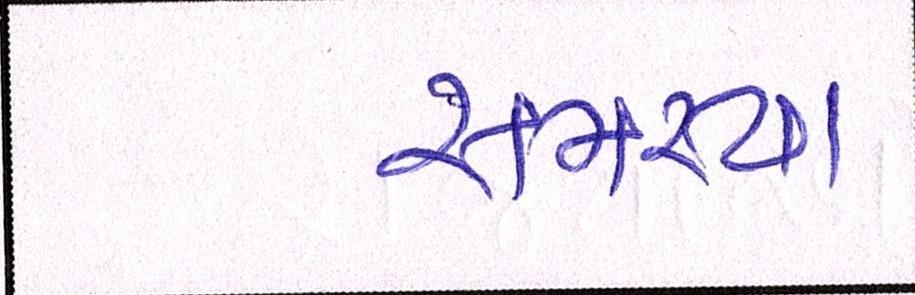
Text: સમસ્યા